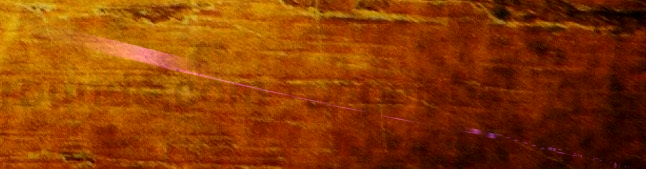
UNDER NEW MGMT